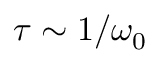
\tau \sim 1 / \omega _ { 0 }